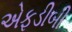
એફડીબી